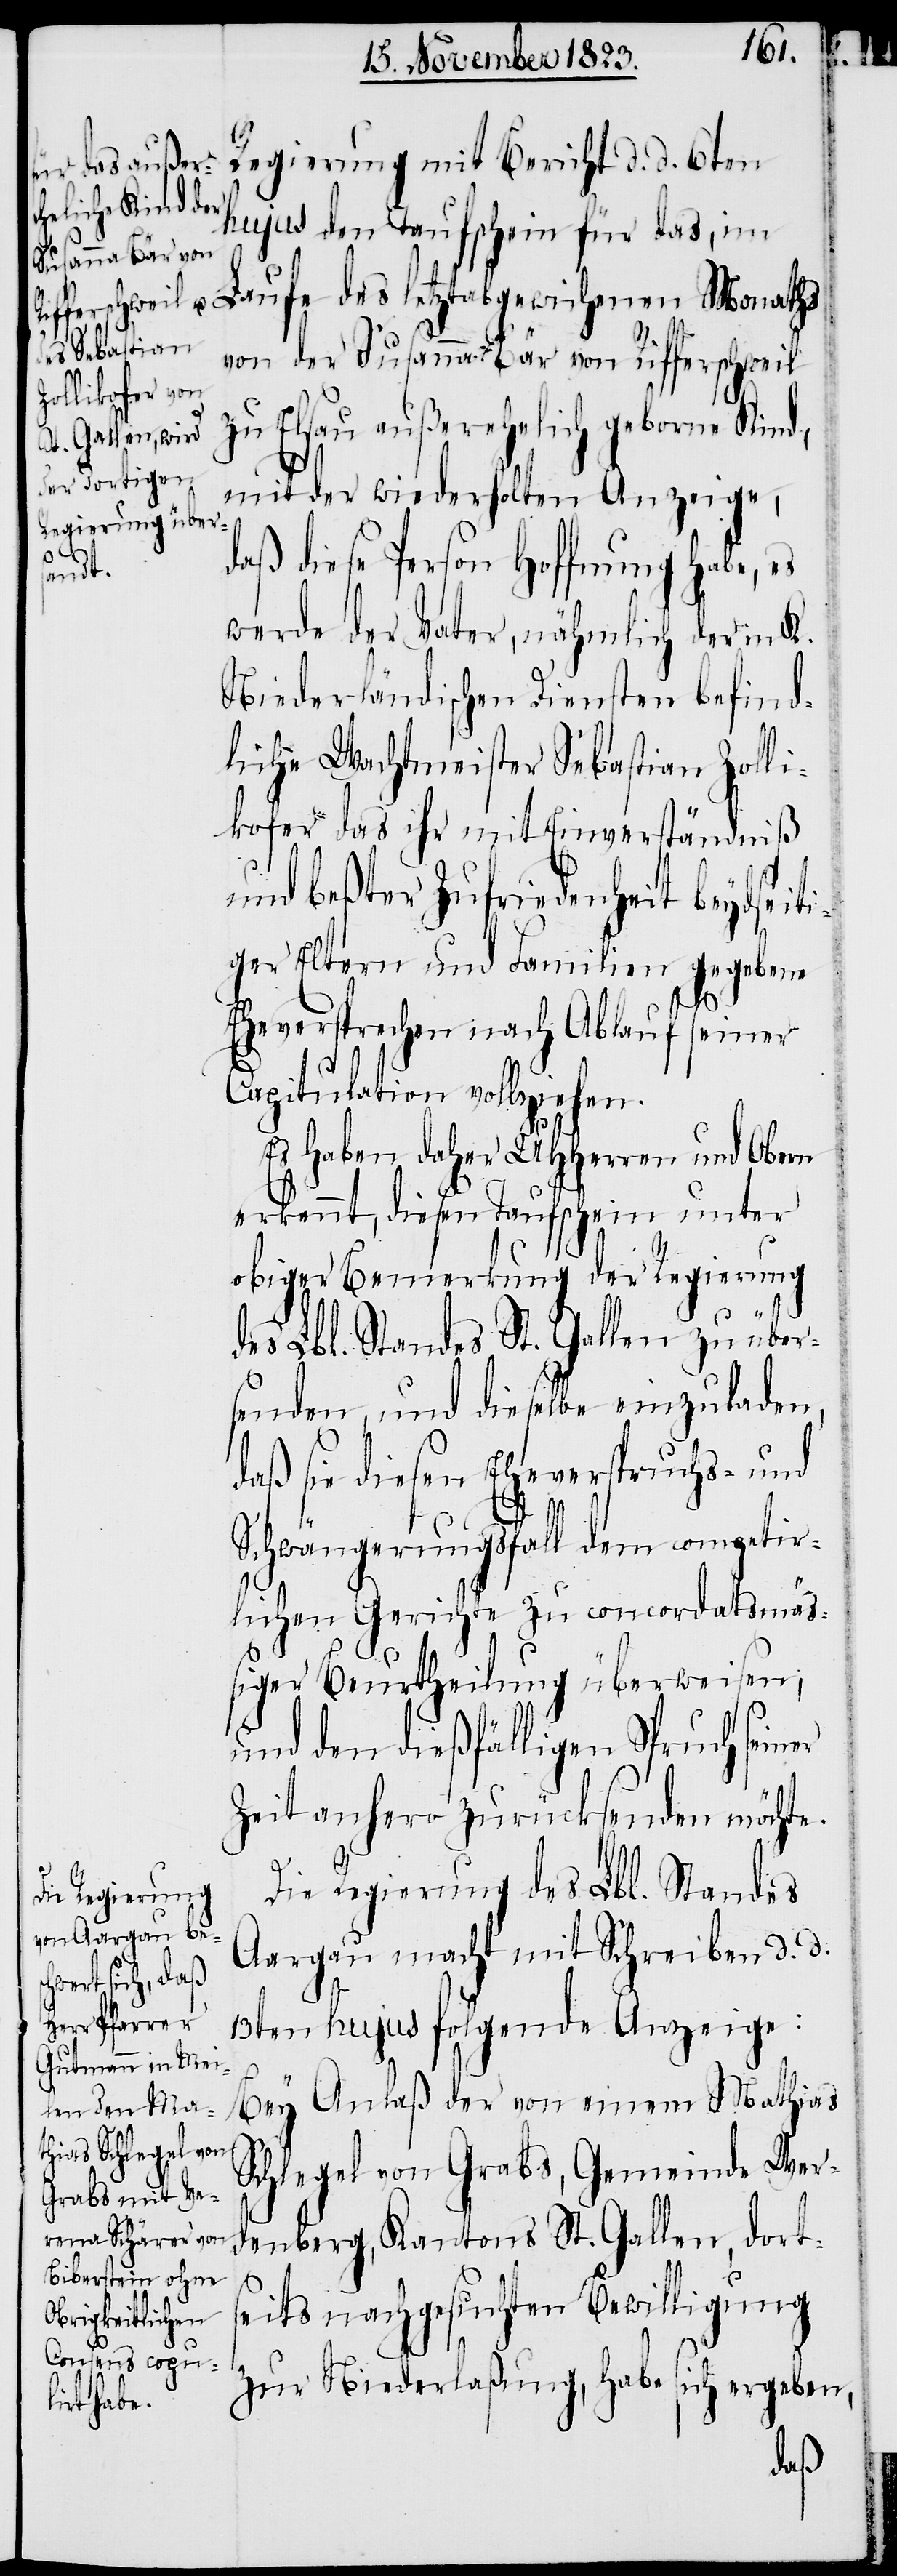
Regierung mit Bericht d. d. 6ten
hujus den Taufschein für das, im
Laufe des letztabgewichenen Monaths
von der Susanna Bär von Rifferschweil
zu Elsau außerehelich geborne Kind,
mit der wiederholten Anzeige,
diese Person Hoffnung habe,
werde der Vater, nähmlich der in K.
Niederländischen Diensten befind¬
liche Wachtmeister Sebastian Zolli¬
kofer das ihr mit Einverständniß
und beßter Zufriedenheit beydseiti¬
ger Eltern und Familien gegebene
Eheversprechen nach Ablauf seiner
Capitulation vollziehen.
Es haben daher UHHerren und Obern
erkennt, diesen Taufschein unter
obiger Bemerkung der Regierung
des Lbl. Standes St. Gallen zu über¬
senden, und dieselbe einzuladen,
daß sie diesen Eheverspruchs- und
Schwängerungsfall dem competir¬
lichen Gerichte zu concordatsmä¬
ßiger Beurtheilung überweisen,
und den dießfälligen Spruch sein¬
Zeit anhero zurücksenden möchte.
Die Regierung des Lbl. Standes
Aargau macht mit Schreiben d. d.
13ten hujus folgende Anzeige:
Bey Anlaß der von einem Mathias
Schlegel von Grabs, Gemeinde Wer¬
denberg, Kantons St. Gallen, dort¬
er
seits nachgesuchten Bewilligung
zur Niederlaßung, habe sich ergeben,
daß